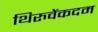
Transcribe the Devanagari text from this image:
थिरुवेंकदम